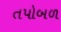
તપોબળ